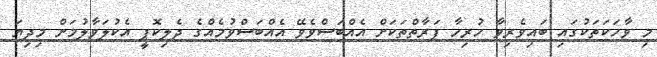
މި ވާހަކަތަކުގައި ބައިވެރިވާ ހުރިހާ ފަރާތްތަކަށް އެއްބަސްވެވޭ އެއްބަސްވުމެއްގެ ދެލިކޮޕީ އެކުލަވާލުމަށް މިދިޔަ